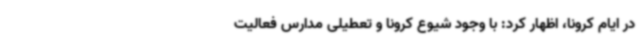
در ایام کرونا، اظهار کرد: با وجود شیوع کرونا و تعطیلی مدارس فعالیت